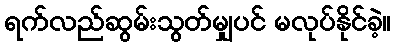
ရက်လည်ဆွမ်းသွတ်မျှပင် မလုပ်နိုင်ခဲ့။